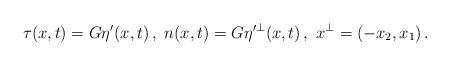
LaTeX: \begin{align*}\tau( x, t) = G \eta'(x,t)\,, \ n( x, t) =G \eta'^\perp(x,t)\,, \ x^\perp=(-x_2,x_1)\,.\end{align*}